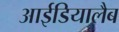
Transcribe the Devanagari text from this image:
आईडियालैब